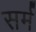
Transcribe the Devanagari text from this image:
सर्म